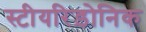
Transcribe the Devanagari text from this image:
स्टीयरिड़ोनिक